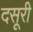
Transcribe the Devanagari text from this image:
दसूरी